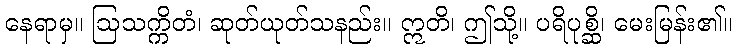
နေရာမှ။ ဩသက္ကိတံ၊ ဆုတ်ယုတ်သနည်း။ ဣတိ၊ ဤသို့။ ပရိပုစ္ဆိ၊ မေးမြန်း၏။